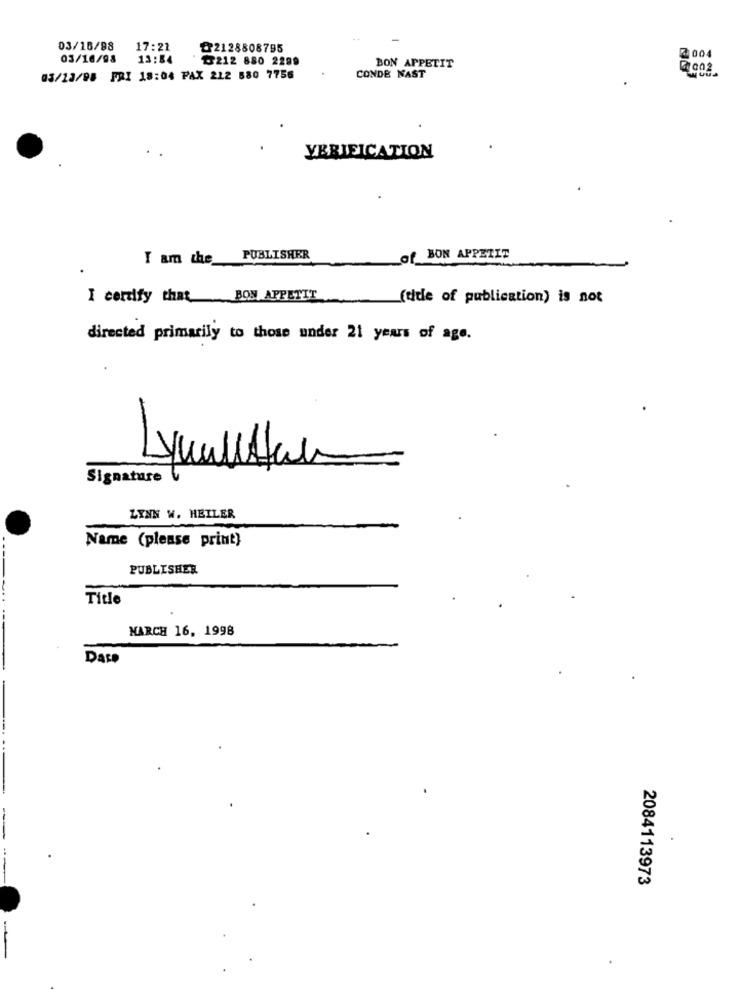
03/16/98
17:21
@2128808795
03/16/98
13:84
৳212 880 2299
@004
BON APPETIT
03/13/98 PRI 18:04 PAX 212 580 7756
CONDE NAST
VERIFICATION
I am the PUBLISHER
of BON APPETIT
I certify that BON APPETIT
(side of publication) is not
directed primarily to those under 21 years of age.
Lynausta
Signature
LYNN W. HEILER
Name (please print)
PUBLISHER
Title
MARCH 16, 1998
DASP
2084113973